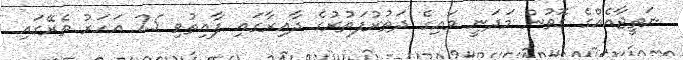
ނަތީޖާއެއްގެ ގޮތުން މަދަނީ ވައިގެ ދަތުރުފަތުރުގެ ދާއިރާގައި ފާއިތުވި 25 އަހަރު ތެރޭގައި